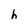
Character: h